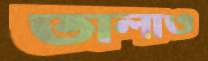
তালাও